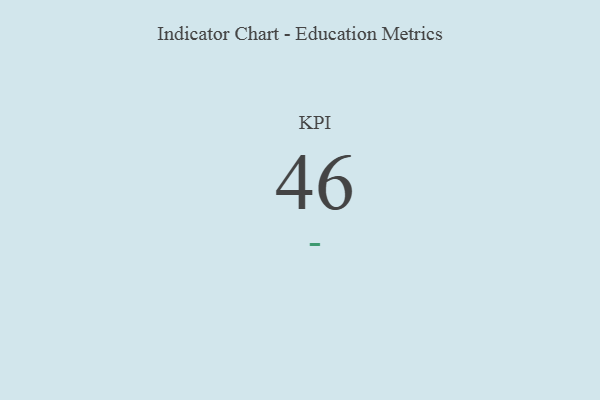
{"axis": {"x": "KPI", "y": "Value"}, "legend": [""], "data": [{"x": "KPI", "y": 46, "type": ""}]}